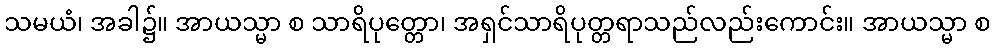
သမယံ၊ အခါ၌။ အာယသ္မာ စ သာရိပုတ္တော၊ အရှင်သာရိပုတ္တရာသည်လည်းကောင်း။ အာယသ္မာ စ